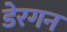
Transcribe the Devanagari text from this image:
डेरगन